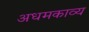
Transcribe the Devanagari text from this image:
अधमकाव्य